Indian journal of veterinary science and animal husbandry - Volumes 18-21, 1948-1951
Year: 1948
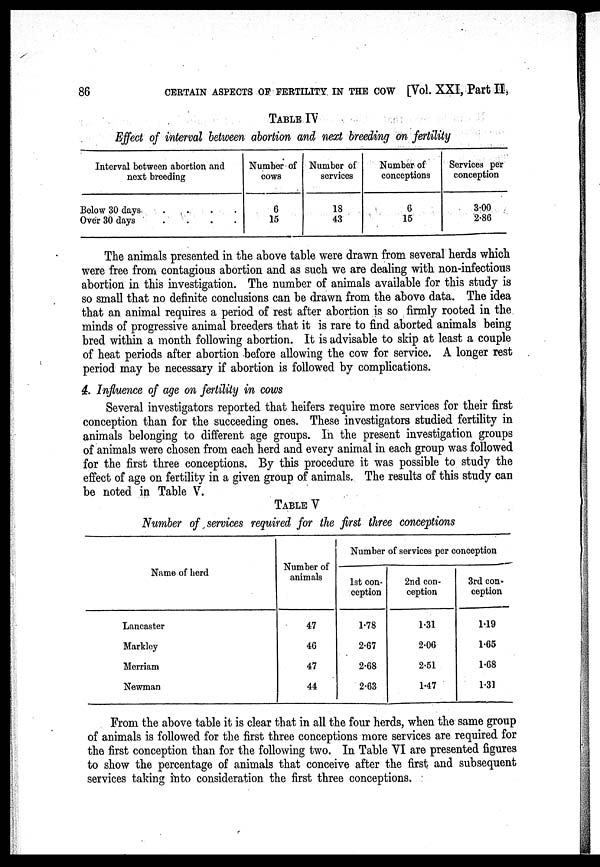
86
CERTAIN ASPECTS OF FERTILITY IN THE COW [Vol. XXI, Part II,
TABLE IV
Effect of interval between abortion and next breeding on fertility
Interval between abortion and
next breeding
Below 30 days
.
.
.
.
Over 30 days
.
.
.
.
Number of
cows
6
15
Number of
services
18
43
Number of
conceptions
6
15
Services per
conception
3.00
2.86
The animals presented in the above table were drawn from several herds which
were free from contagious abortion and as such we are dealing with non-infectious
abortion in this investigation. The number of animals available for this study is
so small that no definite conclusions can be drawn from the above data. The idea
that an animal requires a period of rest after abortion is so firmly rooted in the
minds of progressive animal breeders that it is rare to find aborted animals being
bred within a month following abortion. It is advisable to skip at least a couple
of heat periods after abortion before allowing the cow for service. A longer rest
period may be necessary if abortion is followed by complications.
4. Influence of age on fertility in cows
Several investigators reported that heifers require more services for their first
conception than for the succeeding ones. These investigators studied fertility in
animals belonging to different age groups. In the present investigation groups
of animals were chosen from each herd and every animal in each group was followed
for the first three conceptions. By this procedure it was possible to study the
effect of age on fertility in a given group of animals. The results of this study can
be noted in Table V.
TABLE V
Number of services required for the first three conceptions
Name of herd
Lancaster
Markley
Merriam
Newman
Number of
animals
47
46
47
44
Number of services per conception
1st con-
ception
1.78
2.67
2.68
2.63
2nd con-
ception
1.31
2.06
2.51
1.47
3rd con-
ception
1.19
1.65
1.68
1.31
From the above table it is clear that in all the four herds, when the same group
of animals is followed for the first three conceptions more services are required for
the first conception than for the following two. In Table VI are presented figures
to show the percentage of animals that conceive after the first and subsequent
services taking into consideration the first three conceptions.